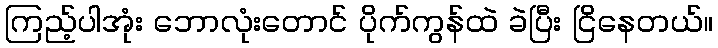
ကြည့်ပါအုံး ဘောလုံးတောင် ပိုက်ကွန်ထဲ ခဲပြီး ငြိနေတယ်။